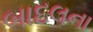
બાદલના